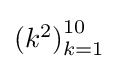
{\textstyle (k^{2}){\vphantom {)}}_{k=1}^{10}}